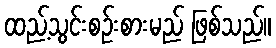
ထည့်သွင်းစဉ်းစားမည် ဖြစ်သည်။